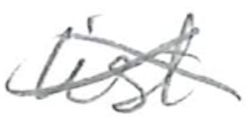
Text: list
Cross-out: cross
Writing tool: pencil